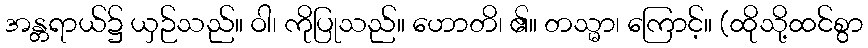
အန္တရာယ်၌ ယှဉ်သည်။ ဝါ၊ ကိုပြုသည်။ ဟောတိ၊ ၏။ တသ္မာ၊ ကြောင့်။ (ထိုသို့ထင်စွာ